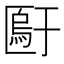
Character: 𫧙